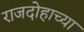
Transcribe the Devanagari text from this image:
राजदोहाच्या